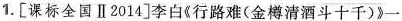
1. [课标全国Ⅱ2014]李白《行路难(金樽清酒斗十千)》一